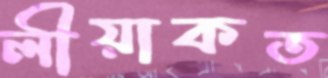
লীয়াকত